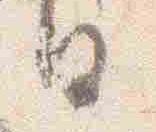
日